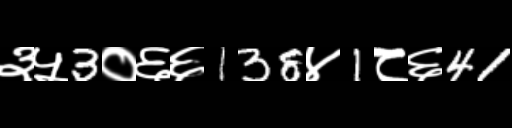
Text: ३५3०६६138४1८६41